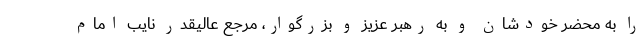
را به محضر خودشان و به رهبر عزیز و بزرگوار، مرجع عالیقدر نایب امام